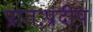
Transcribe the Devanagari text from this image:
प्रातःप्रदीप